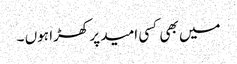
میں بھی کسی امید پر کھڑا ہوں ۔